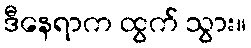
ဒီနေရာက ထွက် သွား။